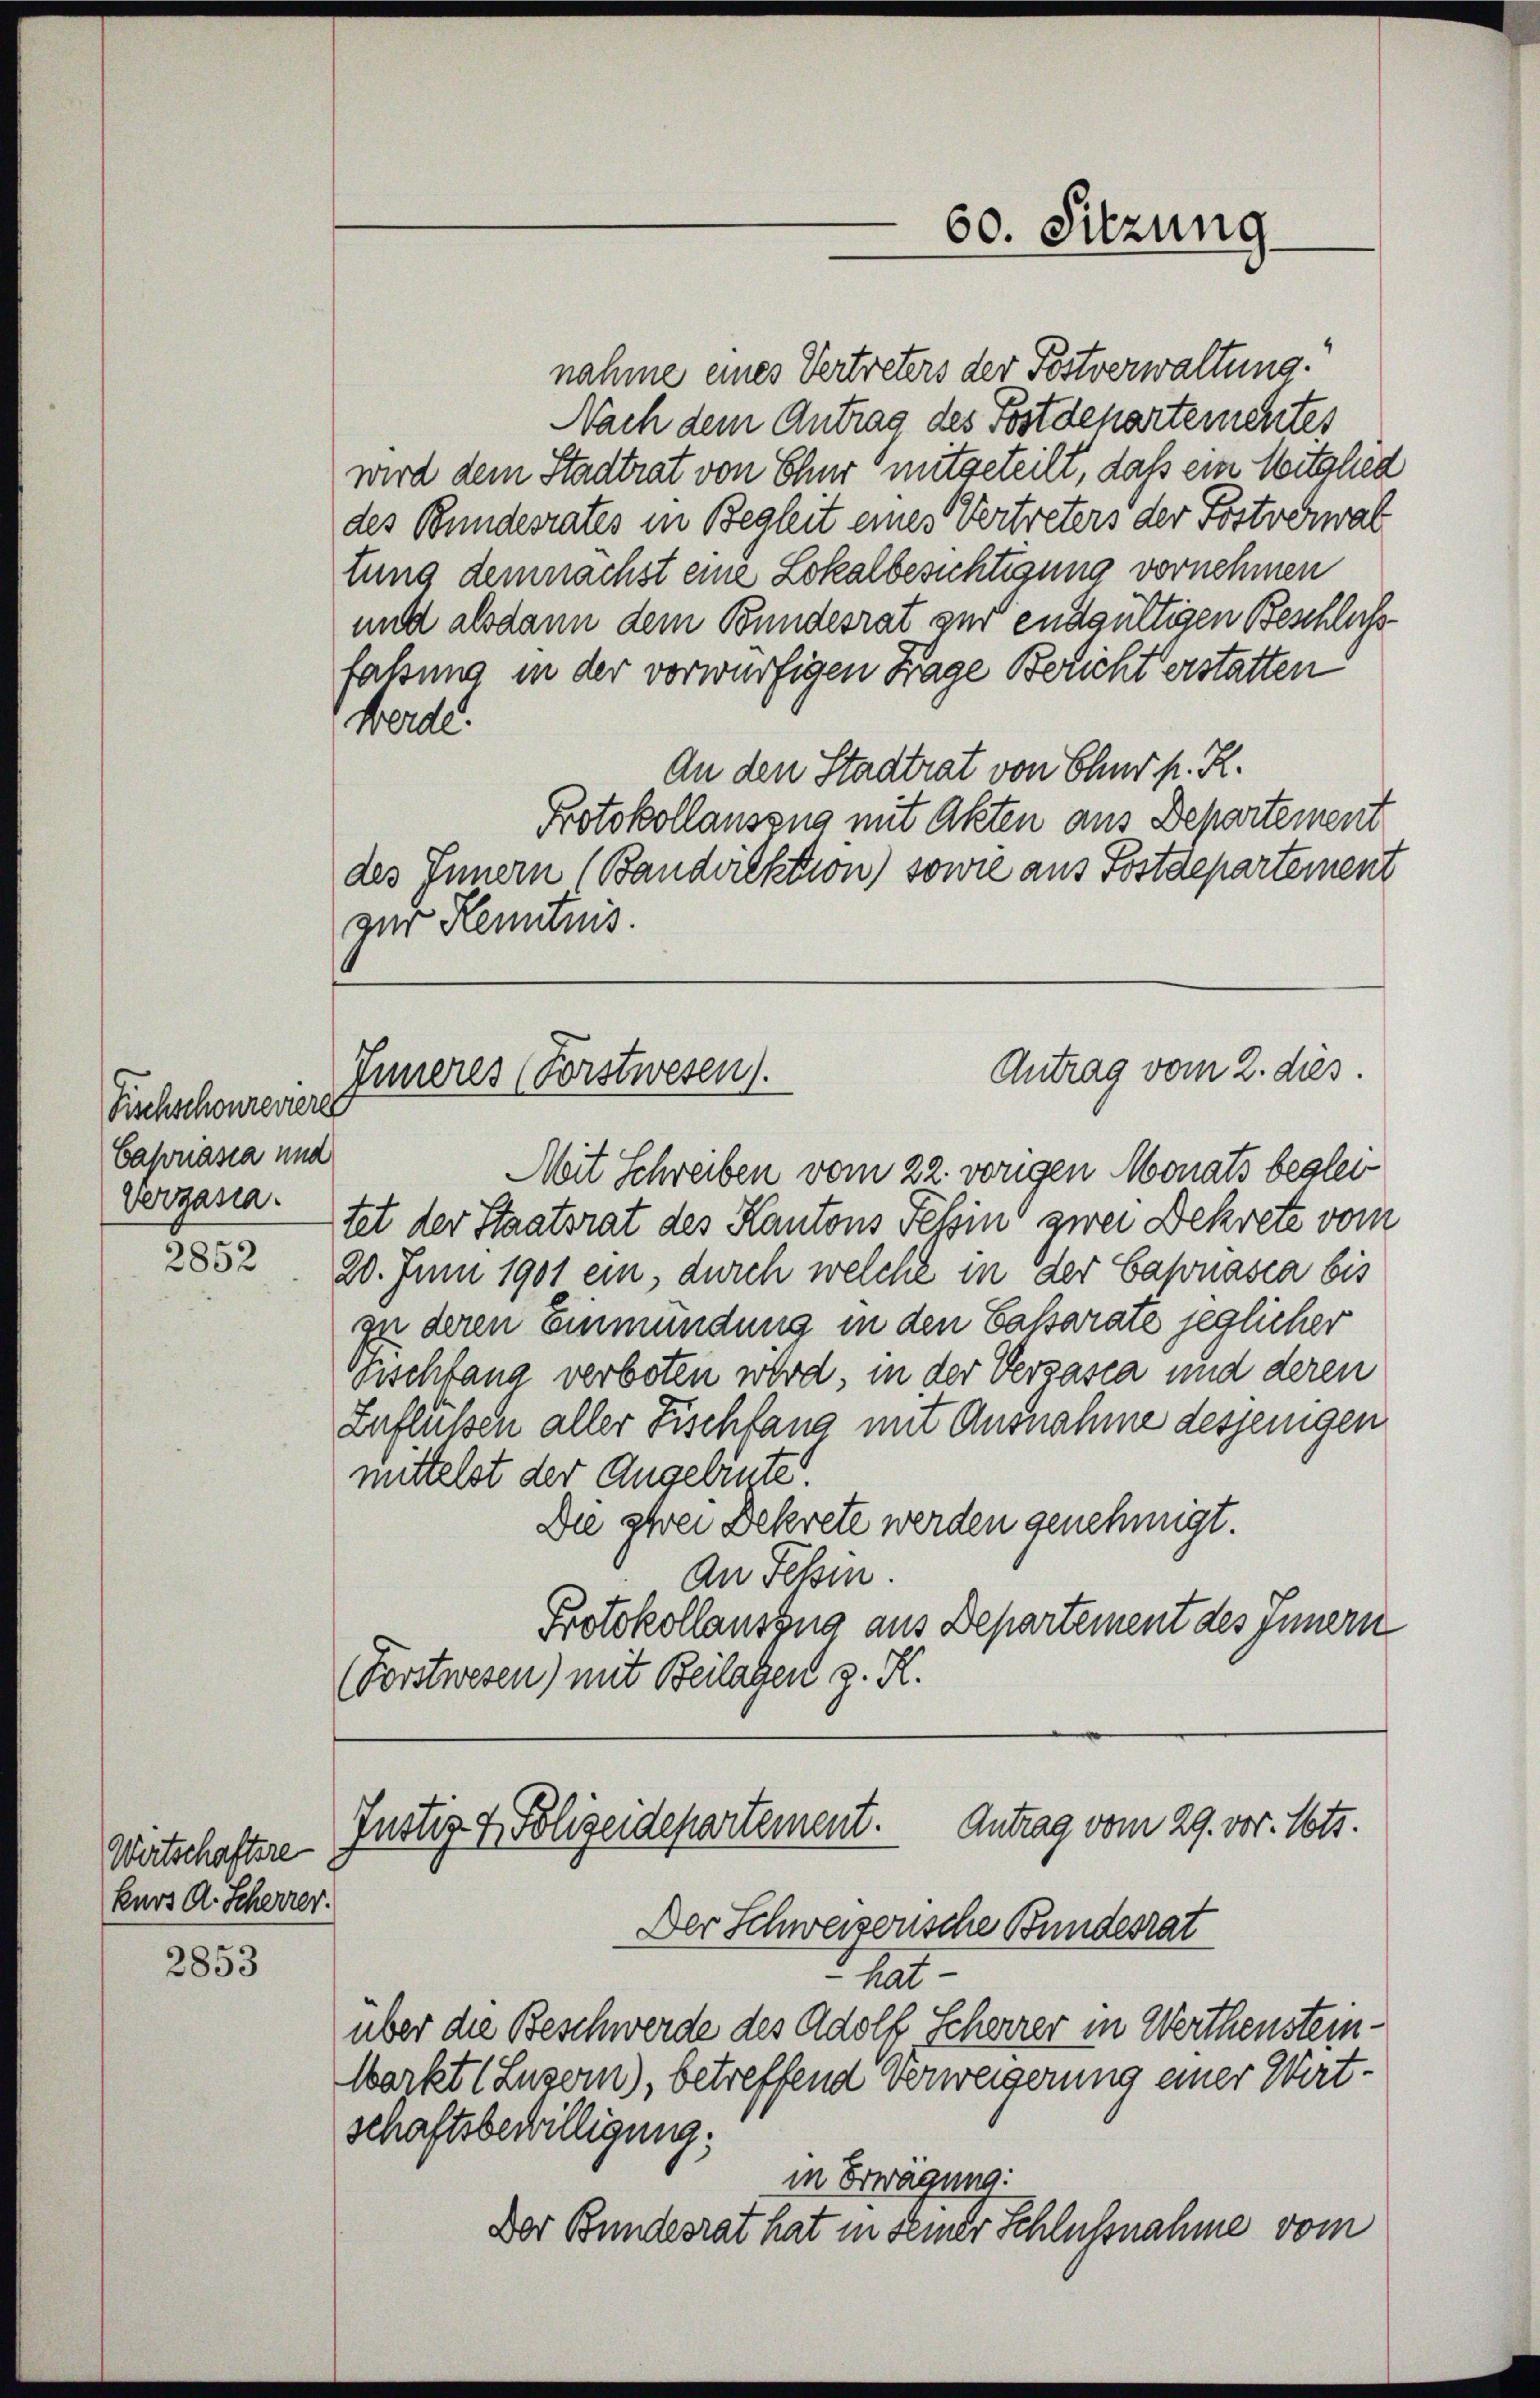
Fischschonzeviere
Capnasia und
Vergasia.

2852

Wertschaftsre
kurs A. Scheurer.

2853

nahme eines Vertreters der Postverwaltung.
Nach dem Antrag des Postdepartementes
wird dem Stadtrat von Chur mitgeteilt, daß ein Mitglied
des Bundesrates in Begleit eines Vertreters der Postverwal
tung demnächst eine Lokalbesichtigung vornehmen
und alsdann dem Bundesrat zur endgültigen Beschluss
fassung in der vorwürfigen Tage Bericht erstatten:
Werde.
An den Stadtrat von Chur p. R.
Protokollauszug mit Akten aus Departement
des Innern (Bandwiektion) sowie aus Postdepartement
zur Kenntnis.

Antrag vom 2. dies
Inneres (Forstwesen.

Mit Schreiben vom 22. vorigen Monats begleitet der Staatsrat des Kantons Tessin zwei Dekrete vom
20. Juni 1901 ein, durch welche in der Capnasca bis
zu deren Einmündung in den Cassarate jeglicher
Tischfang verboten wird, in der Verzasca und deren
Zuflüßen aller Fischfang mit Ausnahme desjenigen
mittelst der Angebietet.
Die zwei Dekrete werden genehmigt.
An Fessen.
Protokollauszug aus Departement des Innern
(Forstwesen) mit Beilagen z. K.

Antrag vom 29. vor. Mts.
Justiz & Polizeidepartement.
Der Schweizerische Bundesrat
hat

schaftsbewilligung:

über die Beschwerde des Adolf Scheerer in Werthenstein-
Warkt (Luzern), betreffend Verweigerung einer Wirt-

60. Sitzung

in Tragung:
Der Bundesrat hat in seiner Schlußnahme vom